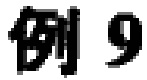
例 9